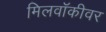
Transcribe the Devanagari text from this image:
मिलवॉकीवर